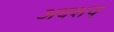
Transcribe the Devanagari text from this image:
अवशय्